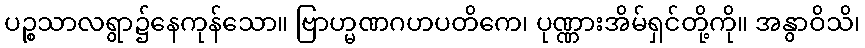
ပဉ္စသာလရွာ၌နေကုန်သော။ ဗြာဟ္မဏဂဟပတိကေ၊ ပုဏ္ဏားအိမ်ရှင်တို့ကို။ အနွာဝိသိ၊